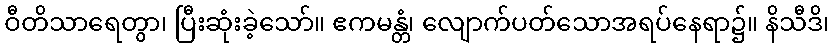
ဝီတိသာရေတွာ၊ ပြီးဆုံးခဲ့သော်။ ဧကမန္တံ၊ လျောက်ပတ်သောအရပ်နေရာ၌။ နိသီဒိ၊